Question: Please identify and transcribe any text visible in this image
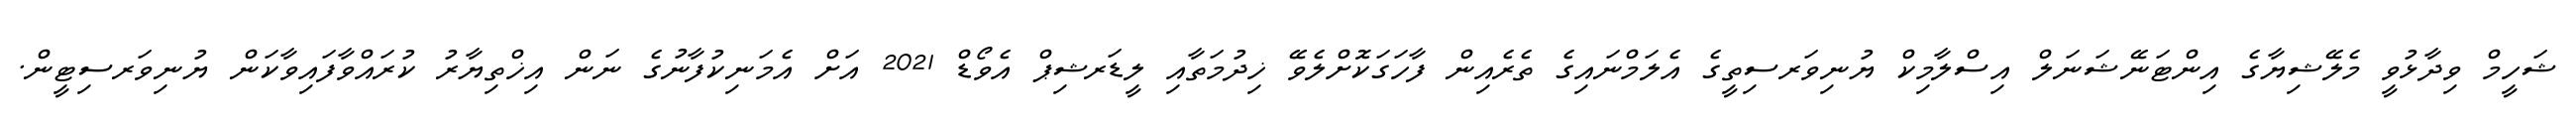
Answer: ޝަހީމް ވިދާޅުވީ މެލޭޝިޔާގެ އިންޓަނޭޝަނަލް އިސްލާމިކް ޔުނިވަރސިތީގެ އެލަމްނައިގެ ތެރެއިން ފާހަގަކޮށްލެވޭ ޚިދުމަތާއި ލީޑަރޝިޕް އެވޯޑް 2021 އަށް އެމަނިކުފާނުގެ ނަން އިޚްތިޔާރު ކުރައްވާފައިވާކަން ޔުނިވަރސިޓީން.